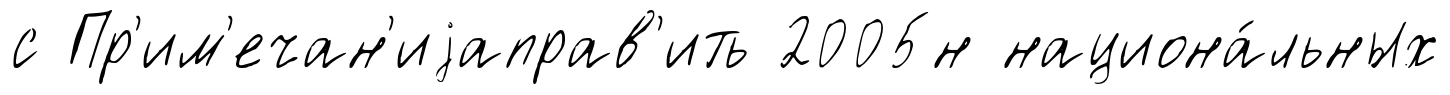
с Пр'им'ечан'иjаправ'ить 2005н национа́льных